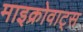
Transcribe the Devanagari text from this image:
माइक्रोवाट्स